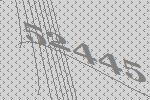
52445